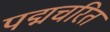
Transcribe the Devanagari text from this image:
पद्मचरित